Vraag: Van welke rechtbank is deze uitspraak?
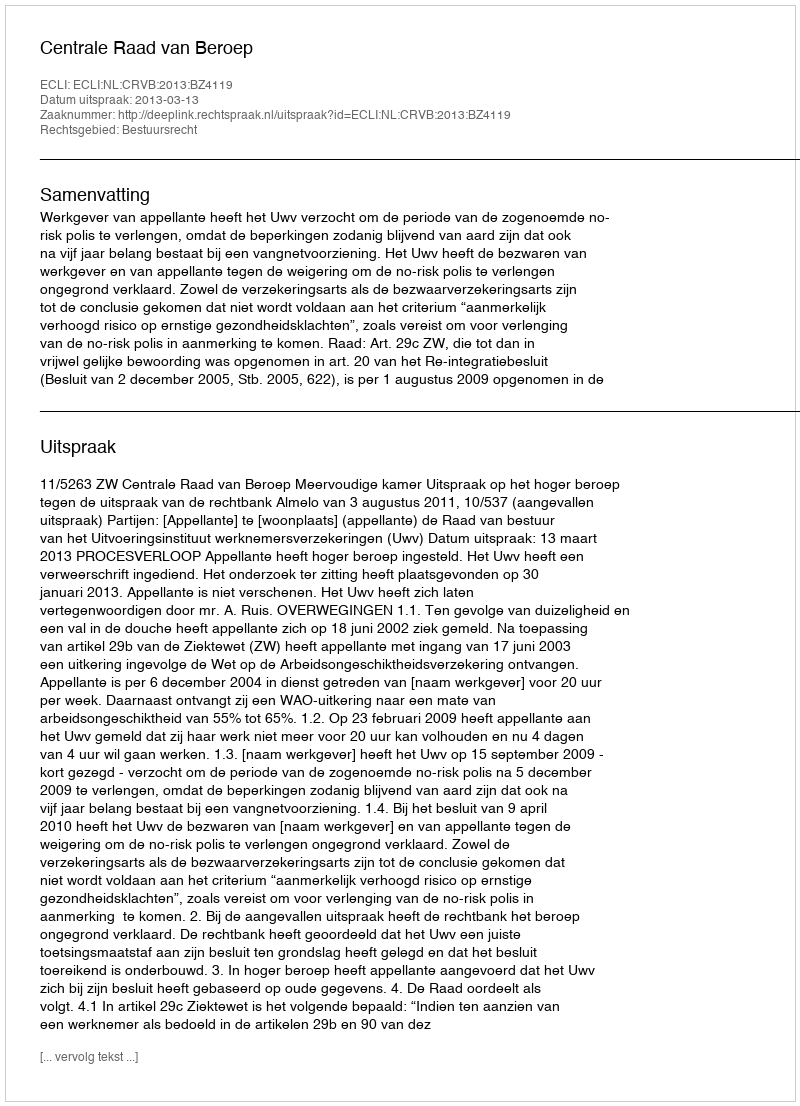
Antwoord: Centrale Raad van Beroep